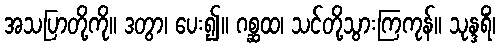
အသပြာတို့ကို။ ဒတွာ၊ ပေး၍။ ဂစ္ဆထ၊ သင်တို့သွားကြကုန်။ သုန္ဒရိံ၊